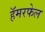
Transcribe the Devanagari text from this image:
हॅमरफेल